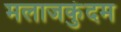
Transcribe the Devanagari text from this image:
मलाजकुंदम